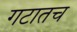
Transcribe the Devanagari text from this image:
गटातच